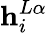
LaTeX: \mathbf{h}_{i}^{L\alpha}